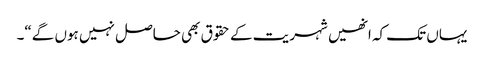
یہاں تک کہ انھیں شہریت کے حقوق بھی حاصل نہیں ہوں گے“۔